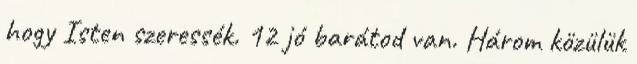
hogy Isten szeressék. 12 jó barátod van. Három közülük